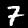
Digit: 7